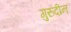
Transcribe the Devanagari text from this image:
गुरुदीन